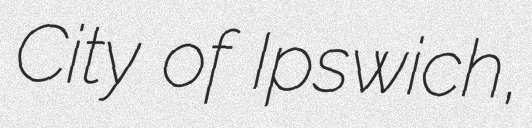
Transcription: City of Ipswich,